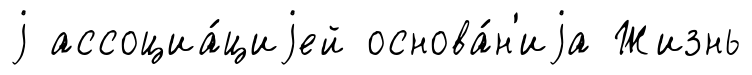
j ассоциа́циjей основа́н'иjа Жизнь